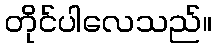
တိုင်ပါလေသည်။